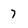
Character: 7